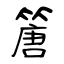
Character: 篖